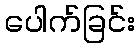
ပေါက်ခြင်း